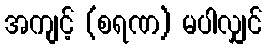
အကျင့် (စရဏ) မပါလျှင်